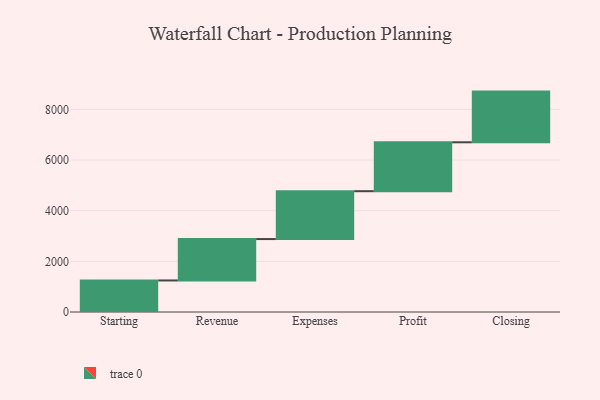
{"axis": {"x": "Step", "y": "Value"}, "legend": [""], "data": [{"x": "Starting", "y": 1245.0, "type": ""}, {"x": "Revenue", "y": 1634.0, "type": ""}, {"x": "Expenses", "y": 1890.0, "type": ""}, {"x": "Profit", "y": 1931.0, "type": ""}, {"x": "Closing", "y": 2001.0, "type": ""}]}